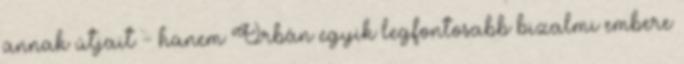
annak útjait - hanem Orbán egyik legfontosabb bizalmi embere